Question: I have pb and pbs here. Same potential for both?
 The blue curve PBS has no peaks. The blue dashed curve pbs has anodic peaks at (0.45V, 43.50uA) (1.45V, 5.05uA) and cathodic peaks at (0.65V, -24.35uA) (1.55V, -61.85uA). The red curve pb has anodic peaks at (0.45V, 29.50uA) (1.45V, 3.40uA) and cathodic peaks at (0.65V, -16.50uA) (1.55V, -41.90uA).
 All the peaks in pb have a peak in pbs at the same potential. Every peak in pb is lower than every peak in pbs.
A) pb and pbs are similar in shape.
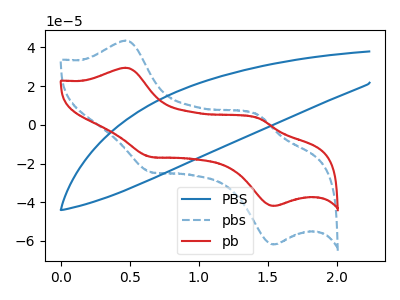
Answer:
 <answer>A) "pb" and "pbs" are similar in shape.</answer>
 <eval>A</eval>